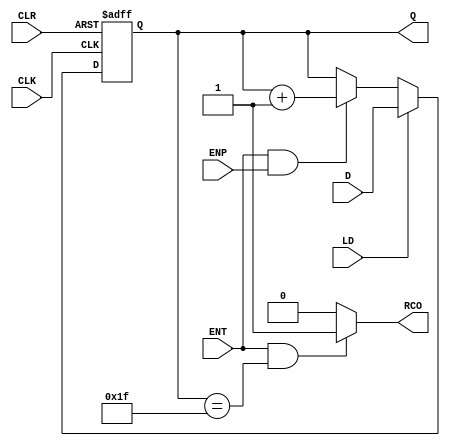
module Vr74x163 (CLK, CLR, LD, ENP, ENT, D, Q, RCO);
  input CLK, CLR, LD, ENP, ENT;
  input [4:0] D;
  output [4:0] Q;
  output RCO;
  reg [4:0] Q;
  reg RCO; 

  always @ (posedge CLK or posedge CLR)  // Create the counter f-f behavior
    if (CLR)                   Q <= 0;
    else if (LD)               Q <= D;
    else if (ENT && ENP)       Q <= Q + 1;
    else                       Q <= Q;
					   
  always @ (Q or ENT)     // Create RCO combinational output
    if (ENT && (Q == 5'b11111))   RCO = 1;
    else                       RCO = 0;
endmodule